Document type: Sale
Year: 1355
Scribe: Pere Borrell
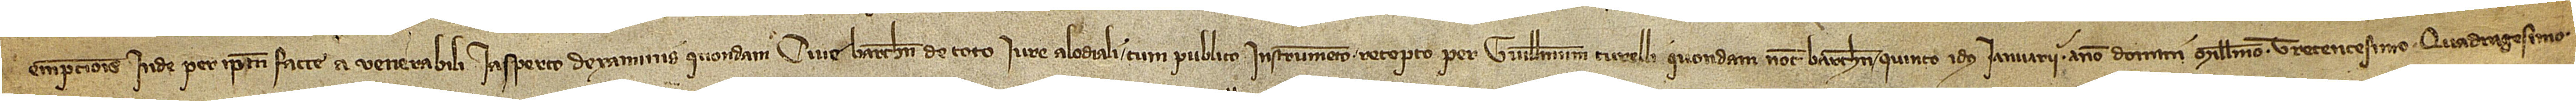
emptionis inde per ipsum facte a venerabili Iasperto d’Examinis, quondam, cive Barchinone, de toto iure alodiali cum publico instrumento recepto per Guillelmum Turelli, quondam, notarium Barchinone, quinto idus ianuarii, anno Domini millesimo trecentesimo quadragesimo